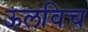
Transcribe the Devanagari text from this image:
ऊलविच